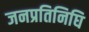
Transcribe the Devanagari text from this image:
जनप्रतिनिघि